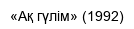
«Ақ гүлім» (1992)